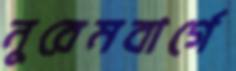
নুরেমবার্গে